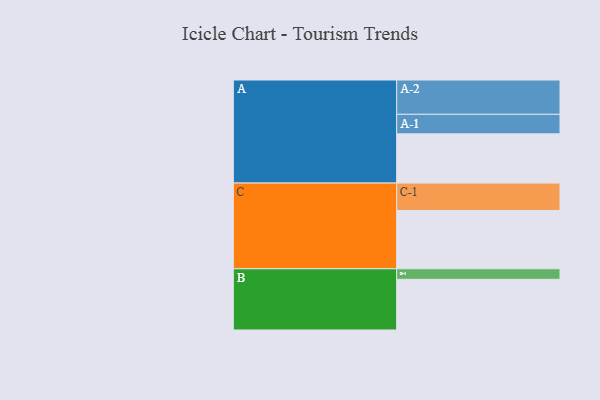
{"axis": {"x": "Segment", "y": "Value"}, "legend": ["", "A", "B", "C"], "data": [{"x": "A", "y": 406, "type": ""}, {"x": "B", "y": 418, "type": ""}, {"x": "C", "y": 481, "type": ""}, {"x": "A-1", "y": 161, "type": "A"}, {"x": "A-2", "y": 283, "type": "A"}, {"x": "B-1", "y": 87, "type": "B"}, {"x": "C-1", "y": 226, "type": "C"}]}